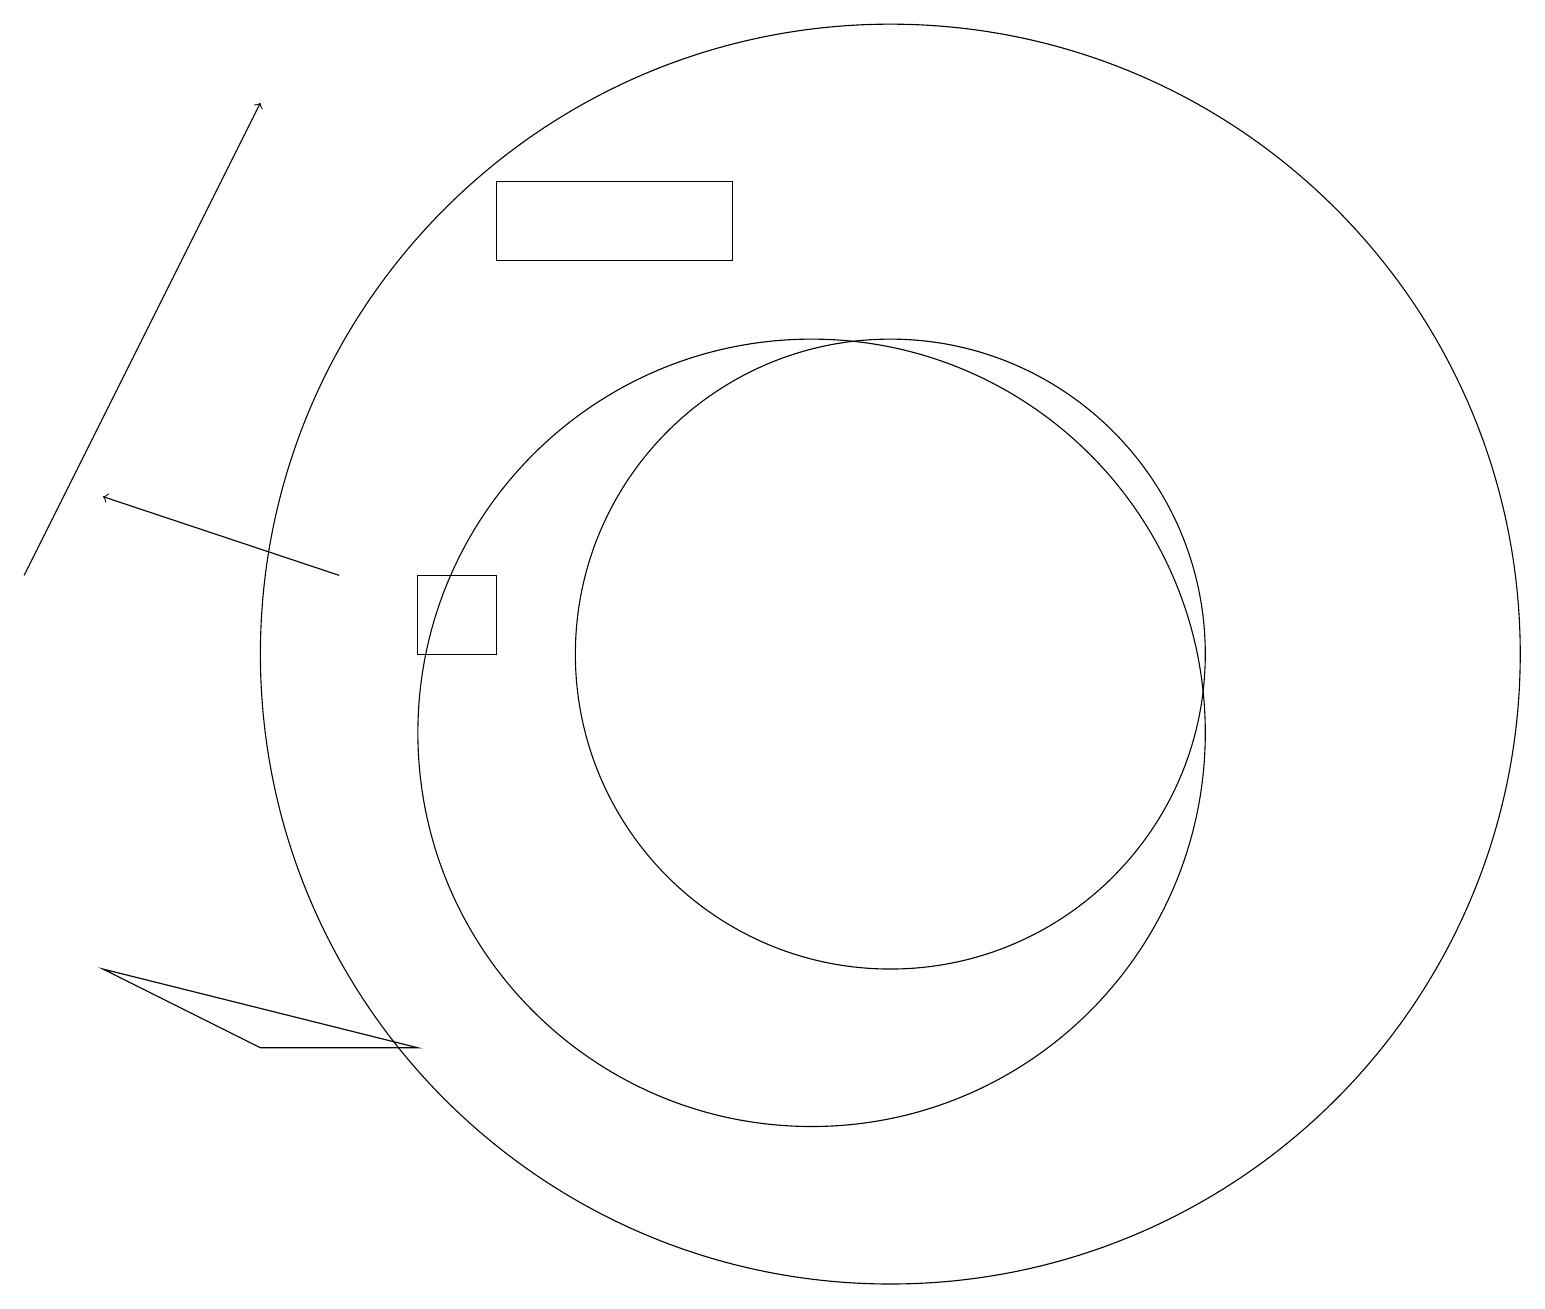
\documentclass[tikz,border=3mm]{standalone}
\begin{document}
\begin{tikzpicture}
\draw (9,17) rectangle (6,16);
\draw (11,11) circle (4);
\draw[->] (0,12) -- (3,18);
\draw (5,6) -- (3,6) -- (1,7) -- cycle;
\draw (10,10) circle (5);
\draw (6,12) rectangle (5,11);
\draw[->] (4,12) -- (1,13);
\draw (11,11) circle (8);
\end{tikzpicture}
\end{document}